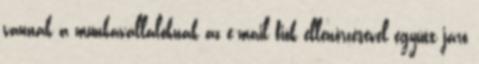
vannak a munkavállalóknak az e-mail fiók ellenőrzésével együtt járó